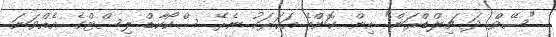
"ސޭވް ދަ ޗިލްޑްރަން" އިން ކޮންމެ އަހަރަކު ނެރޭ ސްކޯކާޑް ލިސްޓްގެ އެއްވަނަ